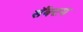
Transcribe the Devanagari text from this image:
सँक्टम